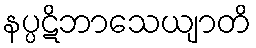
နပ္ပဋိဘာသေယျာတိ